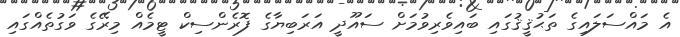
އެ މައްސަލައިގެ ތަޙުޤީޤުގައި ބައިވެރިވުމަށް ސައޫދީ އަރަބިޔާގެ ފޮރެންސިކް ޓީމެއް މިރޭގެ ވަގުތެއްގައި